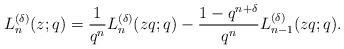
LaTeX: \begin{align*} L_{n}^{(\delta)}(z;q)=\frac{1}{q^n}L_{n}^{(\delta)}(zq;q)-\frac{1-q^{n+\delta}}{q^n}L_{n-1}^{(\delta)}(zq;q). \end{align*}